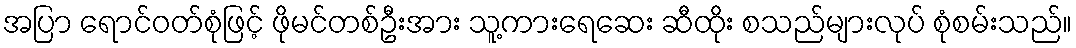
အပြာ ရောင်ဝတ်စုံဖြင့် ဖိုမင်တစ်ဦးအား သူ့ကားရေဆေး ဆီထိုး စသည်များလုပ် စုံစမ်းသည်။